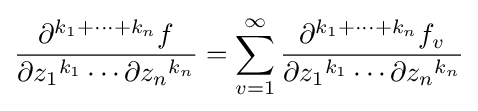
{\frac {\partial ^{k_{1}+\cdots +k_{n}}f}{\partial {z_{1}}^{k_{1}}\cdots \partial {z_{n}}^{k_{n}}}}=\sum _{v=1}^{\infty }{\frac {\partial ^{k_{1}+\cdots +k_{n}}f_{v}}{\partial {z_{1}}^{k_{1}}\cdots \partial {z_{n}}^{k_{n}}}}